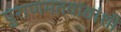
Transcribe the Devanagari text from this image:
पुराणमतवाद्यांशी